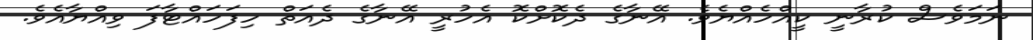
ނަމަވެސް ކުރާނީ ކީއްހެއްޔެވެ. އޭނާގެ ދެކޮށްކޮ އެހުރީ އޭނާގެ ދެއަތް ހިފަހައްޓާފަ ވިއްޔާއެވެ.